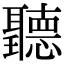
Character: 聽